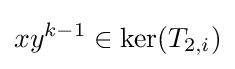
xy^{k-1}\in \ker(T_{2,i})